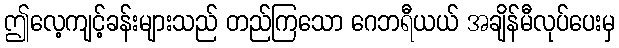
ဤလေ့ကျင့်ခန်းများသည် တည်ကြသော ဂေဘရီယယ် အချိန်မီလုပ်ပေးမှ